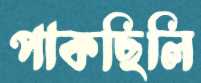
পাকছিলি